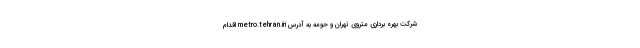
شرکت بهره برداری متروی تهران و حومه به آدرس metro.tehran.iri اقدام